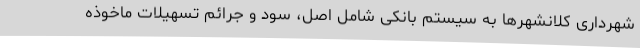
شهرداری کلانشهرها به سیستم بانکی شامل اصل، سود و جرائم تسهیلات ماخوذه